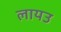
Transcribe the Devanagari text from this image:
लायउ